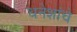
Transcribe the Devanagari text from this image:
धनेशांचे